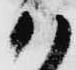
か